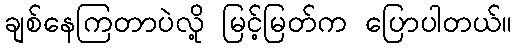
ချစ်နေကြတာပဲလို့ မြင့်မြတ်က ပြောပါတယ်။